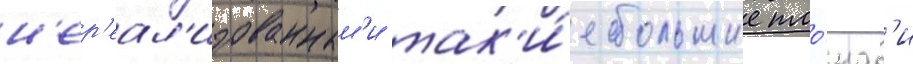
н'ер'еал'изованным'и так'и́е большие пло́щад'и